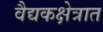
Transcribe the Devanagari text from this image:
वैद्यकक्षेत्रात